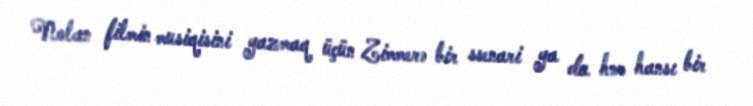
Nolan filmin musiqisini yazmaq üçün Zimmerə bir ssenari ya da hər hansı bir